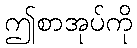
ဤစာအုပ်ကို